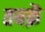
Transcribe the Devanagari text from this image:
तबक़ें